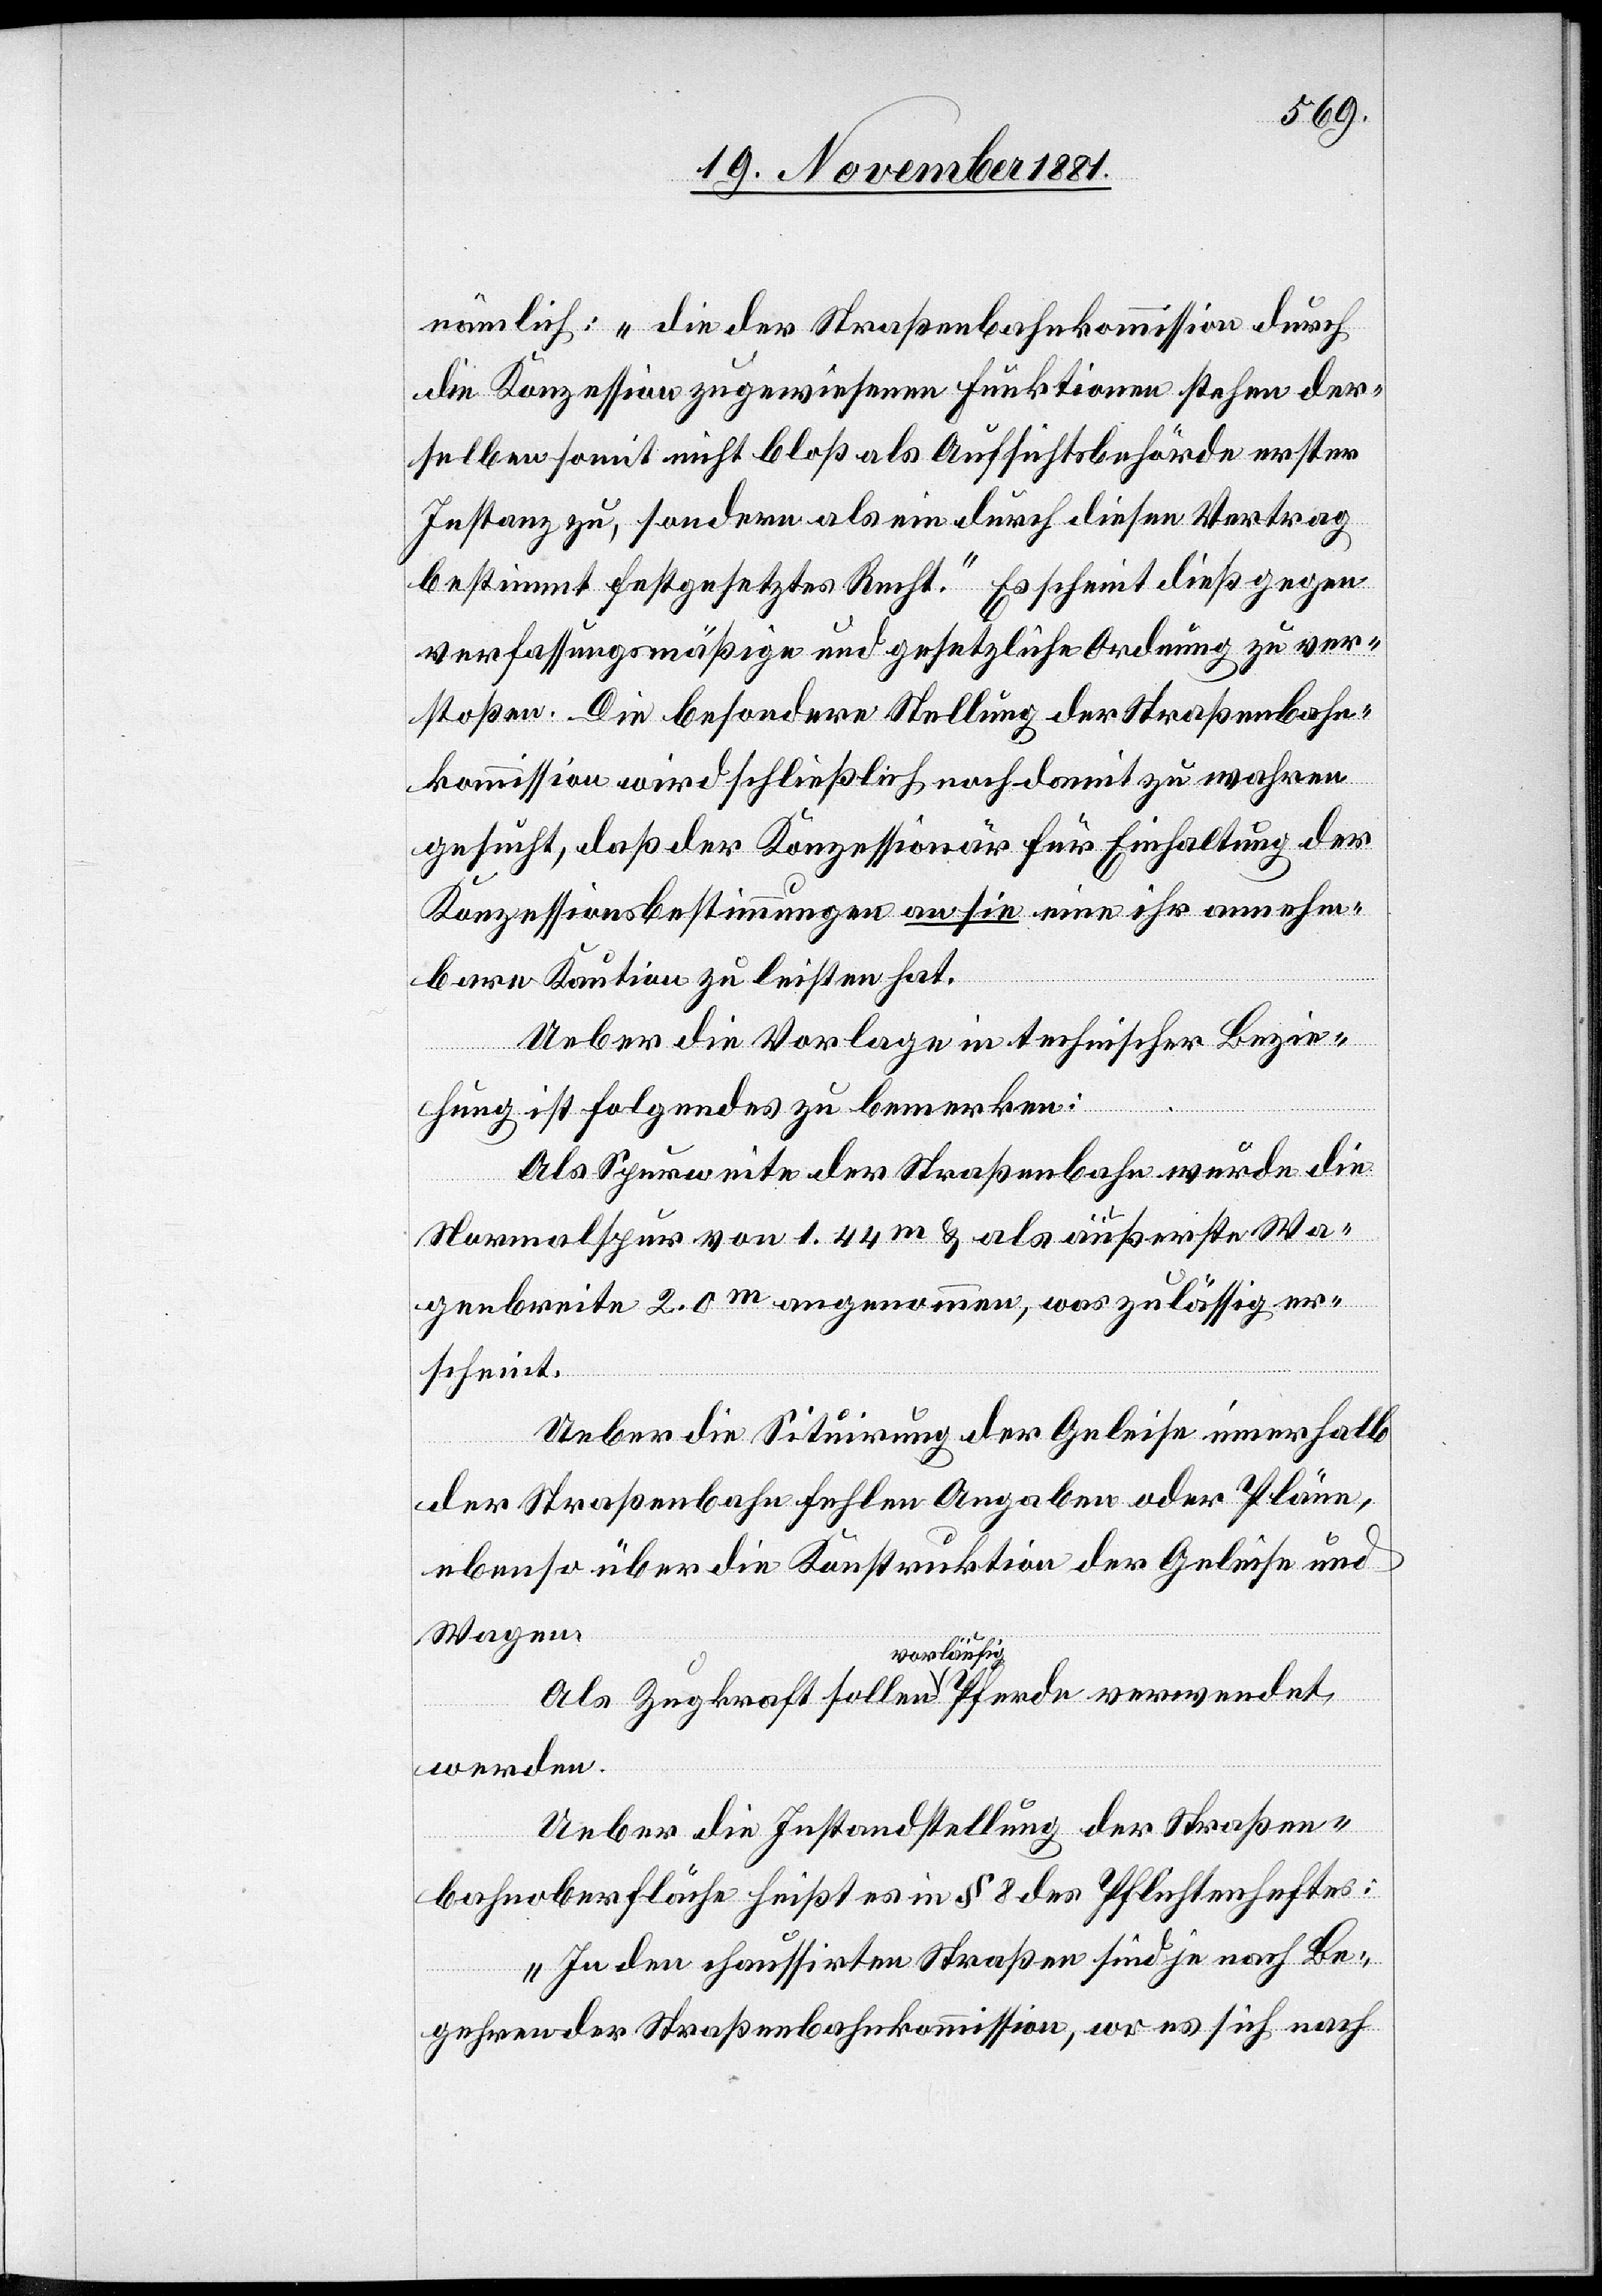
nämlich: „Die der Straßenbahnkommission durch
die Konzession zugewiesenen Funktionen stehen der¬
selben somit nicht bloß als Aufsichtsbehörde erster
Instanz zu, sondern als ein durch diesen Vertrag
bestimmt festgesetztes Recht.“ Es scheint dieß gegen
verfassungsmäßige und gesetzliche Ordnung zu ver¬
stoßen. Die besondere Stellung der Straßenbahn¬
kommission wird schließlich noch damit zu wahren
gesucht, daß der Konzessionär für Einhaltung der
Konzessionsbestimmungen an sie eine ihr annehm¬
bare Kaution zu leisten hat.
Ueber die Vorlage in technischer Bezie¬
hung ist Folgendes zu bemerken:
Als Spurweite der Straßenbahn wurde die
Normalspur von 1.44m & als äußerste Wa¬
genbreite 2.0m angenommen, was zulässig er¬
scheint.
Ueber die Situirung der Geleise innerhalb
der Straßenbahn fehlen Angaben oder Pläne,
ebenso über die Konstruktion der Geleise und
Wagen.
vorläufig
werden.
Ueber die Instandstellung der Straßen¬
bahnoberfläche heißt es in § 8 des Pflichtenheftes:
„In den chauffirten Straßen sind ja noch Be¬
gehren der Straßenbahnkommission, wo es sich nach